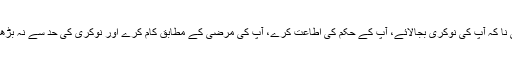
یہی نا کہ آپ کی نوکری بجالائے، آپ کے حکم کی اطاعت کرے، آپ کی مرضی کے مطابق کام کرے اور نوکری کی حد سے نہ بڑھے۔